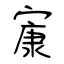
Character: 㝩